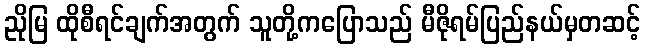
ညိုမြ ထိုစီရင်ချက်အတွက် သူတို့ကပြောသည် မီဇိုရမ်ပြည်နယ်မှတဆင့်